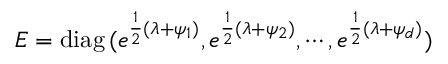
E = \mathrm { d i a g } \, ( e ^ { { \frac { 1 } { 2 } } ( \lambda + \psi _ { 1 } ) } , e ^ { { \frac { 1 } { 2 } } ( \lambda + \psi _ { 2 } ) } , \cdots , e ^ { { \frac { 1 } { 2 } } ( \lambda + \psi _ { d } ) } )